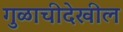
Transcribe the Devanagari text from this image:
गुळाचीदेखील